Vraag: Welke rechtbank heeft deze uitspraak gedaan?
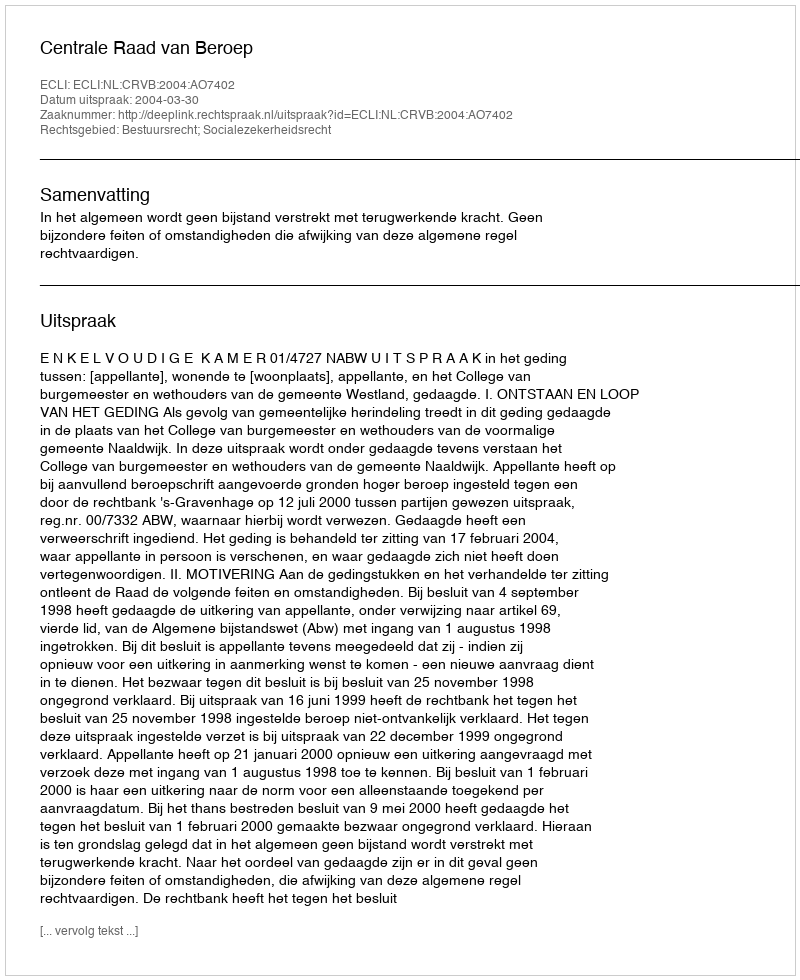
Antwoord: Centrale Raad van Beroep